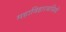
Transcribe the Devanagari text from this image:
महाविहारवासियों